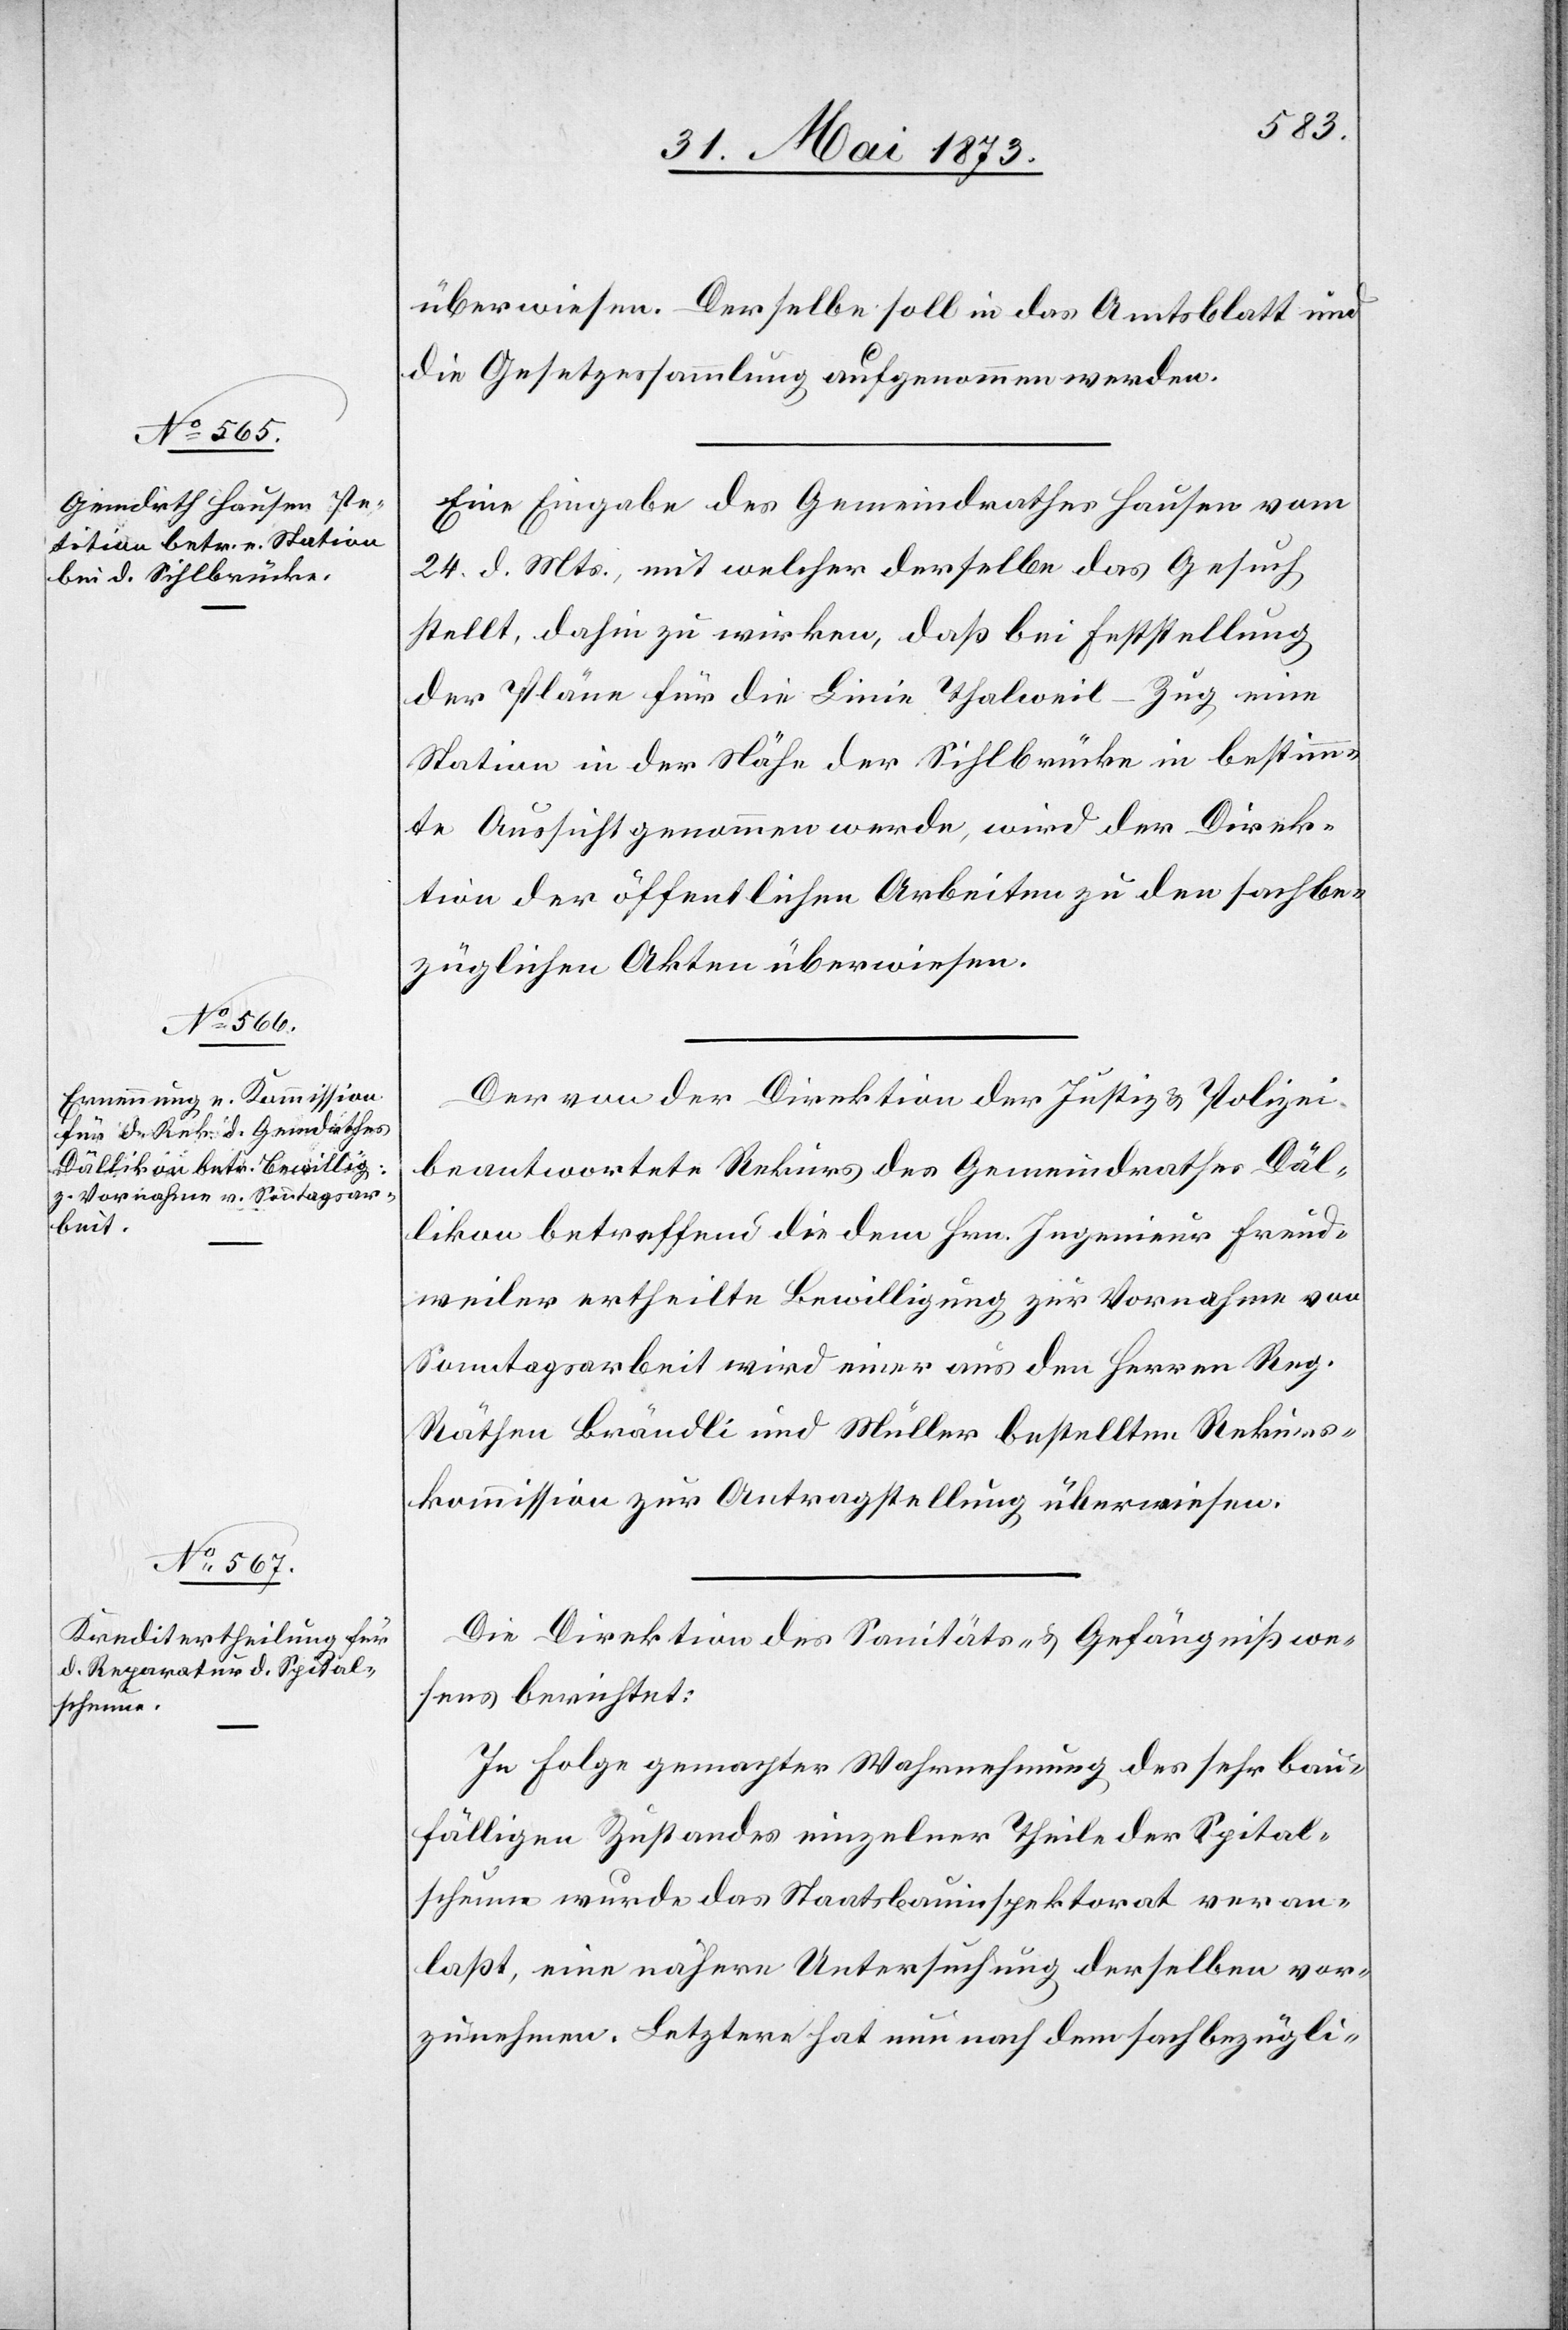
überwiesen. Derselbe soll in das Amtsblatt und
die Gesetzessammlung aufgenommen werden.
Eine Eingabe des Gemeindrathes Hausen vom
24. d. Mts., mit welcher derselbe das Gesuch
stellt, dahin zu wirken, daß bei Feststellung
der Pläne für die Linie Thalweil–Zug einen
Station in der Nähe der Sihlbrücke in bestimm¬
te Aussicht genommen werde, wird der Direk¬
tion der öffentlichen Arbeiten zu den sachbe¬
züglichen Akten überwiesen.
Der von der Direktion der Justiz & Polizei
beantwortete Rekurs des Gemeindrathes Däl¬
likon betreffend die dem Hrn. Ingenieur Freud¬
weiler ertheilte Bewilligung zur Vornahme von
Sonntagsarbeit wird einer aus den Herren Reg.
Räthen Brändli und Müller bestellten Rekurs¬
kommission zur Antragstellung überwiesen.
Die Direktion des Sanitäts- & Gefängnißwe¬
sens berichtet:
In Folge gemachter Wahrnehmung des sehr bau¬
fälligen Zustandes einzelner Theile der Spital¬
scheune wurde das Staatsbauinspektorat veran¬
laßt, eine nähere Untersuchung derselben vor¬
zunehmen. Letztere hat nun nach dem sachbezügli-